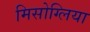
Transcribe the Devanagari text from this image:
मिसोग्लिया